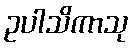
ဥပါသိကာသု